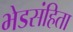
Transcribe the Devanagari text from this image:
भेडसंहिता